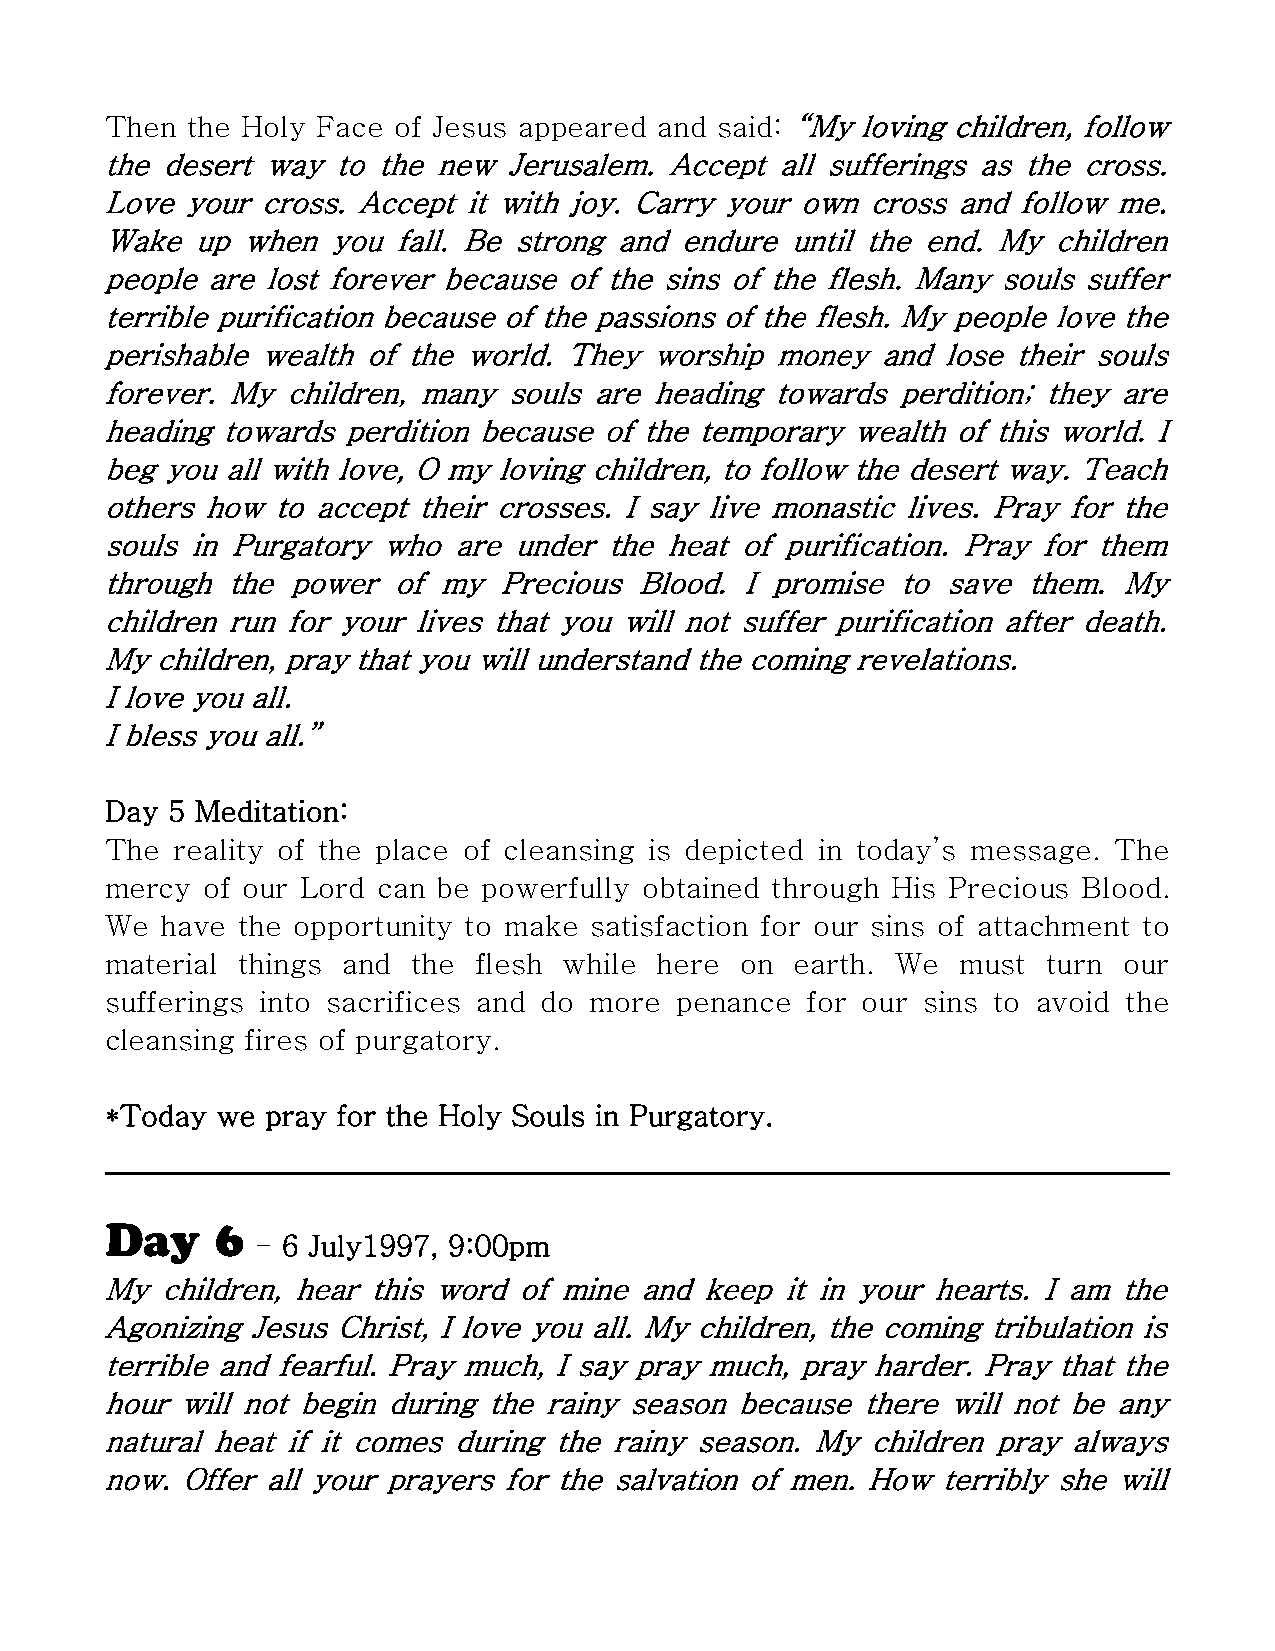
Then the Holy Face of Jesus appeared and said: “My loving children, follow
 the desert way to the new  Jerusalem. Accept all sufferings as the cross.
 Love your cross. Accept it with joy. Carry your own cross and follow me.
 Wake  up when  you fall. Be strong and endure until the end. My children
 people are lost forever because of the sins of the flesh. Many souls suffer
 terrible purification because of the passions of the flesh. My people love the
 perishable wealth of the world. They worship money and lose their souls
 forever. My children, many souls are heading towards perdition; they are
 heading towards perdition because of the temporary wealth of this world. I
 beg you all with love, O my loving children, to follow the desert way. Teach
 others how to accept their crosses. I say live monastic lives. Pray for the
 souls in Purgatory who are under the heat of purification. Pray for them
 through the power  of my  Precious Blood. I promise  to save them. My
 children run for your lives that you will not suffer purification after death.
 My children, pray that you will understand the coming revelations.
 I love you all.
 I bless you all.”
 Day 5 Meditation:
 The  reality of the place of cleansing is depicted in today’s message. The
 mercy of our Lord can be powerfully obtained through His Precious Blood.
 We  have the opportunity to make satisfaction for our sins of attachment to
 material things and the flesh while  here on  earth. We  must turn our
 sufferings into sacrifices and do more penance for our sins to avoid the
 cleansing fires of purgatory.
 *Today we  pray for the Holy Souls in Purgatory.
 Day    6
 - 6 July1997, 9:00pm
 My  children, hear this word of mine and keep it in your hearts. I am the
 Agonizing Jesus Christ, I love you all. My children, the coming tribulation is
 terrible and fearful. Pray much, I say pray much, pray harder. Pray that the
 hour will not begin during the rainy season because there will not be any
 natural heat if it comes during the rainy season. My children pray always
 now. Offer all your prayers for the salvation of men. How terribly she will